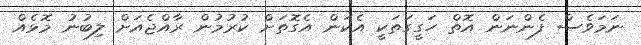
ނަމަވެސް ފެންނަން އޮތް ހަގީގަތަކީ އެކަން އެގޮތަށް ކުރުމުން ރާއްޖެއަށް ލިބުނު މޮޅެއް